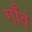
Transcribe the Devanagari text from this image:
गाँवं